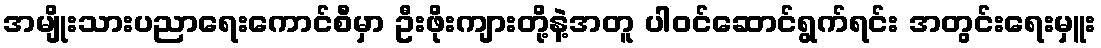
အမျိုးသားပညာရေးကောင်စီမှာ ဦးဖိုးကျားတို့နဲ့အတူ ပါဝင်ဆောင်ရွက်ရင်း အတွင်းရေးမှူး